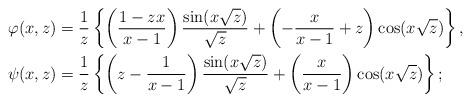
LaTeX: \begin{align*}\varphi(x,z)&=\frac 1{z}\left\{\left(\frac{ 1-zx}{x-1}\right)\dfrac{\sin (x\sqrt{z})}{\sqrt{z}}+\left(-\frac {x}{x-1}+z\right)\cos(x\sqrt{z})\right\},\\\psi(x,z)&=\frac 1{z}\left\{\left(z-\frac {1}{x-1}\right)\dfrac{\sin (x\sqrt z)}{\sqrt{z}}+\left(\frac {x}{x-1}\right)\cos(x\sqrt{z})\right\};\end{align*}